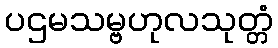
ပဌမသမ္ဗဟုလသုတ္တံ